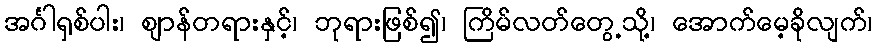
အင်္ဂါရှစ်ပါး၊ ဈာန်တရားနှင့်၊ ဘုရားဖြစ်၍၊ ကြိမ်လတ်တွေ့သို့၊ အောက်မေ့ခိုလျက်၊